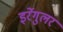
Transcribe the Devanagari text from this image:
इर्रेगुलर